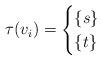
LaTeX: \begin{align*}\tau(v_i)=\begin{cases}\{s\}&\\\{t\}&\end{cases}\end{align*}